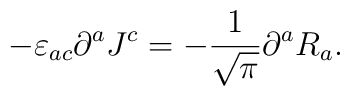
-\varepsilon _{ac}\partial ^{a}J^{c}=-\frac{1}{\sqrt{\pi }}\partial ^{a}R_{a}.